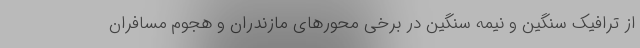
از ترافیک سنگین و نیمه سنگین در برخی محورهای مازندران و هجوم مسافران